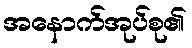
အနောက်အုပ်စု၏